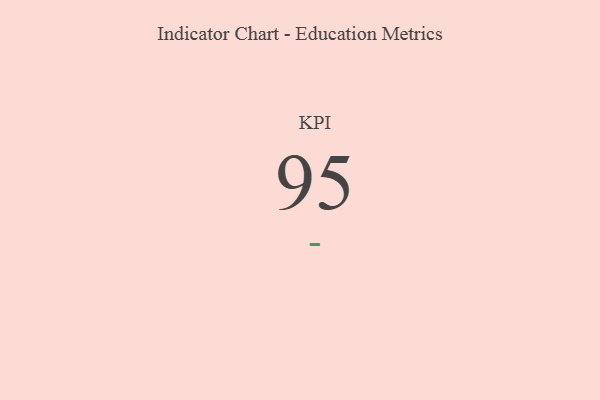
{"axis": {"x": "KPI", "y": "Value"}, "legend": [""], "data": [{"x": "KPI", "y": 95, "type": ""}]}